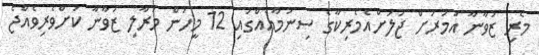
މެރި ޒުވާނާ އުމުރަށް ޖަލަށްއެމެރިކާގެ ސިނަމާއެއްގައި 12 މީހުން މަރާލި ޒުވާނާ ކުށްވެރިވެއްޖެ